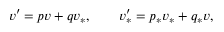
v ^ { \prime } = p v + q v _ { \ast } , \qquad v _ { \ast } ^ { \prime } = p _ { \ast } v _ { \ast } + q _ { \ast } v ,